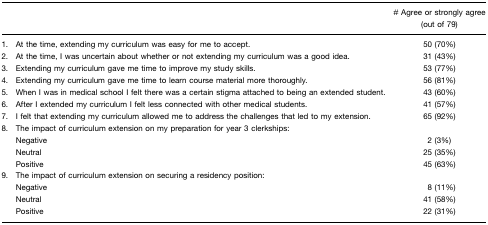
<table><thead><tr><td></td><td></td><td><b># Agree or strongly agree (out of 79)</b></td></tr></thead><tbody><tr><td>1.</td><td>At the time, extending my curriculum was easy for me to accept.</td><td>50 (70%)</td></tr><tr><td>2.</td><td>At the time, I was uncertain about whether or not extending my curriculum was a good idea.</td><td>31 (43%)</td></tr><tr><td>3.</td><td>Extending my curriculum gave me time to improve my study skills.</td><td>53 (77%)</td></tr><tr><td>4.</td><td>Extending my curriculum gave me time to learn course material more thoroughly.</td><td>56 (81%)</td></tr><tr><td>5.</td><td>When I was in medical school I felt there was a certain stigma attached to being an extended student.</td><td>43 (60%)</td></tr><tr><td>6.</td><td>After I extended my curriculum I felt less connected with other medical students.</td><td>41 (57%)</td></tr><tr><td>7.</td><td>I felt that extending my curriculum allowed me to address the challenges that led to my extension.</td><td>65 (92%)</td></tr><tr><td>8.</td><td>The impact of curriculum extension on my preparation for year 3 clerkships:</td><td></td></tr><tr><td></td><td>Negative</td><td>2 (3%)</td></tr><tr><td></td><td>Neutral</td><td>25 (35%)</td></tr><tr><td></td><td>Positive</td><td>45 (63%)</td></tr><tr><td>9.</td><td>The impact of curriculum extension on securing a residency position:</td><td></td></tr><tr><td></td><td>Negative</td><td>8 (11%)</td></tr><tr><td></td><td>Neutral</td><td>41 (58%)</td></tr><tr><td></td><td>Positive</td><td>22 (31%)</td></tr></tbody></table>